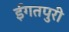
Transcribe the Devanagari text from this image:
ईगतपुरी